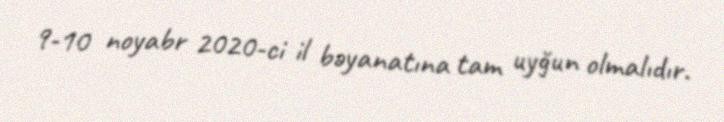
9-10 noyabr 2020-ci il bəyanatına tam uyğun olmalıdır.